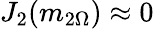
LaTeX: J_{2}(m_{2\Omega})\approx 0